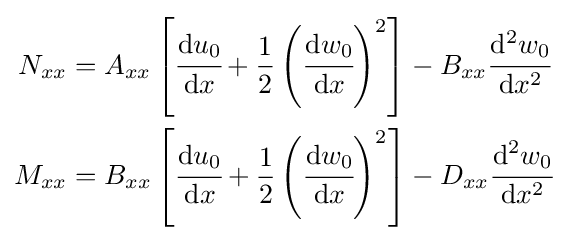
{\begin{aligned}N_{xx}&=A_{xx}\left[{\cfrac {\mathrm {d} u_{0}}{\mathrm {d} x}}+{\frac {1}{2}}\left({\cfrac {\mathrm {d} w_{0}}{\mathrm {d} x}}\right)^{2}\right]-B_{xx}{\cfrac {\mathrm {d} ^{2}w_{0}}{\mathrm {d} x^{2}}}\\M_{xx}&=B_{xx}\left[{\cfrac {\mathrm {d} u_{0}}{\mathrm {d} x}}+{\frac {1}{2}}\left({\cfrac {\mathrm {d} w_{0}}{\mathrm {d} x}}\right)^{2}\right]-D_{xx}{\cfrac {\mathrm {d} ^{2}w_{0}}{\mathrm {d} x^{2}}}\end{aligned}}